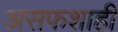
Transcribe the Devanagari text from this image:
असफशाही